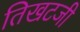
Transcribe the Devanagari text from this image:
तिखटजी